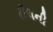
રીલની